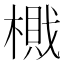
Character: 𰘛